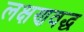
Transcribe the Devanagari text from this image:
लक्षणवद्ध